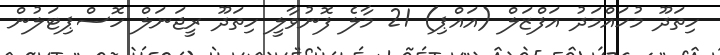
ހިތަދޫ މުހައްމަދު އަފްޒަލް (އައްޕި) 21 މާލެ ފޮނުވާލީ ހިތަދޫ ރީޖަނަލް ހޮސްޕިޓަލުން